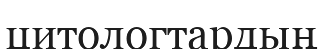
цитологтардың